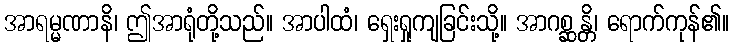
အာရမ္မဏာနိ၊ ဤအာရုံတို့သည်။ အာပါထံ၊ ရှေးရှုကျခြင်းသို့။ အာဂစ္ဆန္တိ၊ ရောက်ကုန်၏။